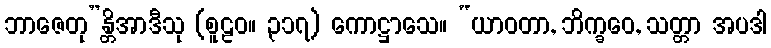
ဘာဇေတု”န္တိအာဒီသု (စူဠဝ။ ၃၁၇) ကောဋ္ဌာသေ။ “ယာဝတာ, ဘိက္ခဝေ, သတ္တာ အပဒါ